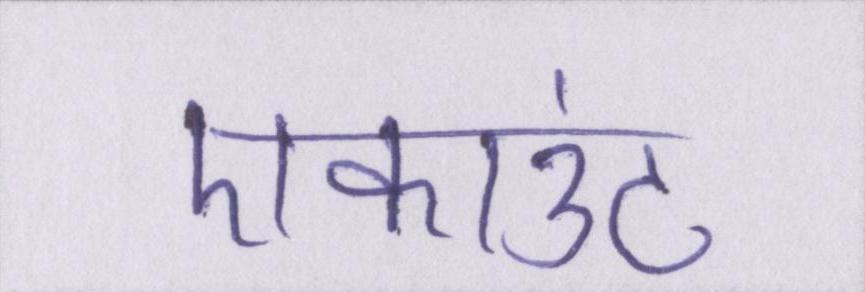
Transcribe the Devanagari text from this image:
एकाउंट